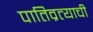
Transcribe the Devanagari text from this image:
पातिव्रत्याची